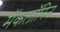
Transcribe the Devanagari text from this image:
मॅकलॉरिन